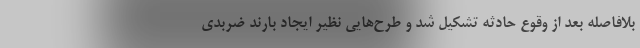
بلافاصله بعد از وقوع حادثه تشکیل شد و طرح‌هایی نظیر ایجاد بارند ضربدی